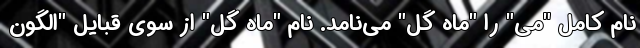
نام کامل "می" را "ماه گل" می‌نامد. نام "ماه گل" از سوی قبایل "الگون